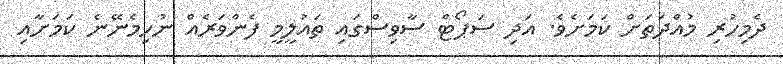
ދެމިހުރި މުއްދަތަށް ކަމަށެވެ. އަދި ސަޕޯޓް ސާވިސްގައި ތައުލީމީ ފެންވަރެއް ނުހިމެނޭނެ ކަމަށާއި